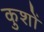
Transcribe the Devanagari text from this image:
कुशों